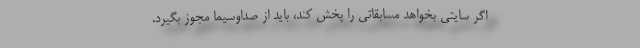
اگر سایتی بخواهد مسابقاتی را پخش کند، باید از صداوسیما مجوز بگیرد.